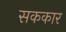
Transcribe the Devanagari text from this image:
सककार